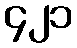
၄၂၁